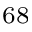
^ { 6 8 }